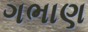
ગભાણ